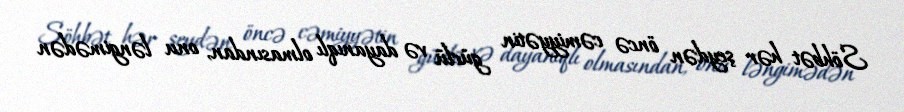
Söhbət hər şeydən öncə cəmiyyətin güclü və dayanıqlı olmasından, onu ləngimədən